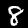
Digit: 8